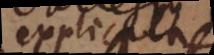
explicata